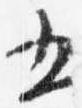
五